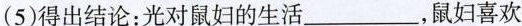
（5）得出结论：光对鼠妇的生活___，鼠妇喜欢